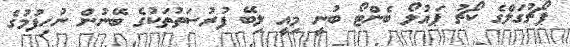
ޕޯޗުގަލްގެ ކޯޗު ޕައުލޯ ބެންޓޯ ބުނީ މިއީ ލިބޭ ފުރުސަތުތަކުގެ ބޭނުން ނުހިފުމުގެ